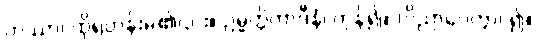
တဿာ၊ ထိုရဟန်းမ၏၎င်း။ ဥမ္မတ္တိကာဒီနံ၊ ကုန်၍။ (ဝိညာပေတွာ၊ ၍။